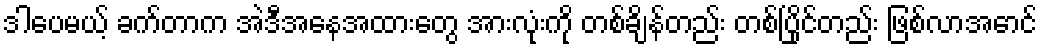
ဒါပေမယ့် ခက်တာက အဲဒီအနေအထားတွေ အားလုံးကို တစ်ချိန်တည်း တစ်ပြိုင်တည်း ဖြစ်လာအောင်